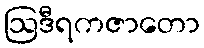
ဩဒီရကဇာတော